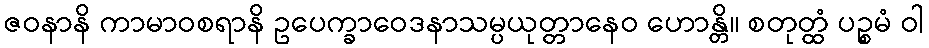
ဇဝနာနိ ကာမာဝစရာနိ ဥပေက္ခာဝေဒနာသမ္ပယုတ္တာနေဝ ဟောန္တိ။ စတုတ္ထံ ပဉ္စမံ ဝါ